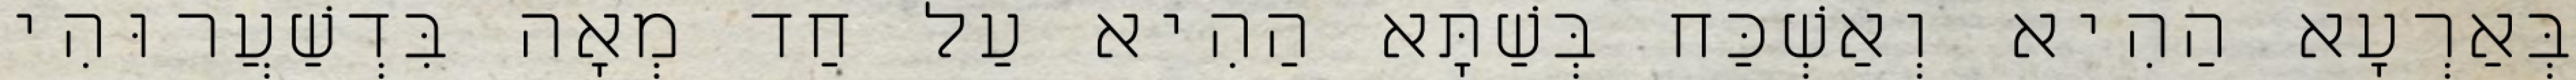
בְּאַרְעָא הַהִיא וְאַשְׁכַּח בְּשַׁתָּא הַהִיא עַל חַד מְאָה בִּדְשַׁעֲרוּהִי